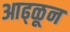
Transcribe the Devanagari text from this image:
आढ्ळून